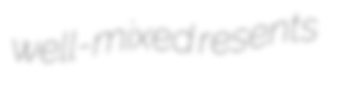
well-mixed resents